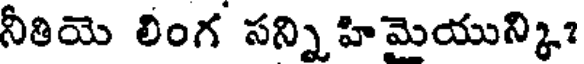
నీతియె లింగ సన్ని హిమెయున్కి?